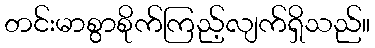
တင်းမာစွာစိုက်ကြည့်လျက်ရှိသည်။